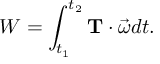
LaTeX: W = \int _ { t _ { 1 } } ^ { t _ { 2 } } \mathbf { T } \cdot { \vec { \omega } } d t .